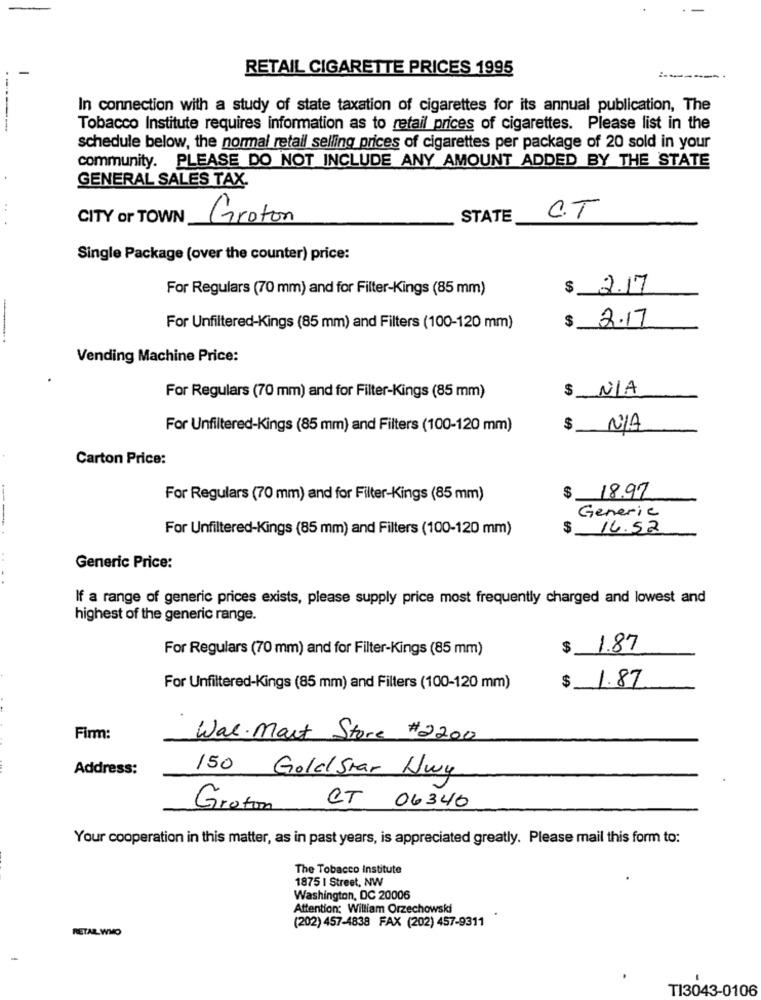
RETAIL CIGARETTE PRICES 1995
In connection with a study of state taxation of cigarettes for its annual publication, The
-----
Tobacco Institute requires information as to retail prices of cigarettes. Please list in the
schedule below, the normal retail selling prices of cigarettes per package of 20 sold in your
community. PLEASE DO NOT INCLUDE ANY AMOUNT ADDED BY THE STATE
GENERAL SALES TAX-
CITY or TOWN
Groton
STATE
CT
Single Package (over the counter) price:
For Regulars (70 mm) and for Filter-Kings (85 mm)
$ 2.17
$
2.17
For Unfiltered-Kings (85 mm) and Filters (100-120 mm)
Vending Machine Price:
$ N/A
For Regulars (70 mm) and for Filter-Kings (85 mm)
For Unfiltered-Kings (85 mm) and Filters (100-120 mm)
Carton Price:
$
For Regulars (70 mm) and for Filter-Kings (85 mm)
18.97
Generic
For Unfiltered-Kings (85 mm) and Filters (100-120 mm)
$
14.52
Generic Price:
If a range of generic prices exists, please supply price most frequently charged and lowest and
highest of the generic range.
For Regulars (70 mm) and for Filter-Kings (85 mm)
$ 1.87
For Unfiltered-Kings (85 mm) and Filters (100-120 mm)
$ 1.87
Firm:
Wal- Mart Store #2200
Address:
150 GoldStar Wwy
CT 06340
Groton
Your cooperation in this matter, as in past years, is appreciated greatly. Please mail this form to:
The Tobacco Institute
1875 | Street, NW
Washington, DC 20006
Attention: William Orzechowski
RETAR. WMO
(202) 457-4838 FAX (202) 457-9311
TI3043-0106